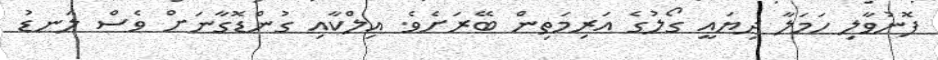
ފޮނުވާލި ހަމަލާ ދިޔައީ ގޯލުގެ އަރިމަތިން ބޭރަށެވެ. އިލްކާއި ގުންޑޮގާނަށް ވެސް ލަނޑު